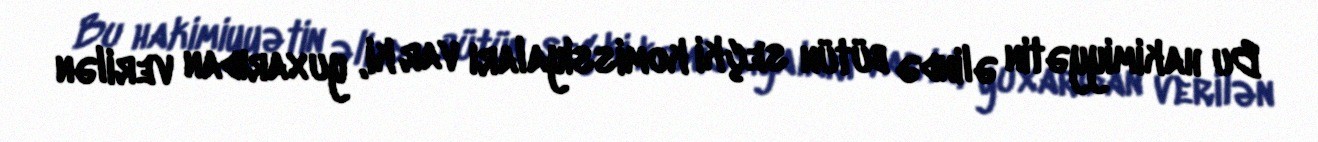
Bu hakimiyyətin əlində bütün seçki komissiyaları var ki, yuxarıdan verilən